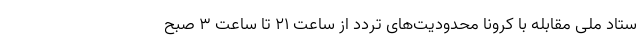
ستاد ملی مقابله با کرونا محدودیت‌های تردد از ساعت ۲۱ تا ساعت ۳ صبح